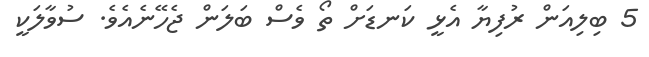
5 ބިލިއަން ރުފިޔާ އެޅީ ކަނޑަށް ތޯ ވެސް ބަލަން ޖެހޭނެއެވެ. ސުވާލަކީ